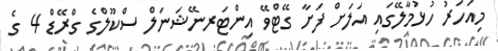
މިއަހަރު ހުޅުމާލޭގައި އަލަށް ފަށާ ގޭޓްވޭ އިންޓަރނޭޝަނަލް ސްކޫލްގެ ގްރޭޑް 4 ގެ